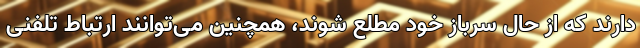
دارند که از حال سرباز خود مطلع شوند، همچنین می‌توانند ارتباط تلفنی